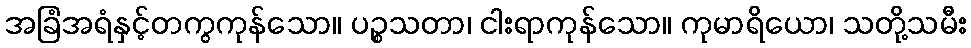
အခြံအရံနှင့်တကွကုန်သော။ ပဉ္စသတာ၊ ငါးရာကုန်သော။ ကုမာရိယော၊ သတို့သမီး